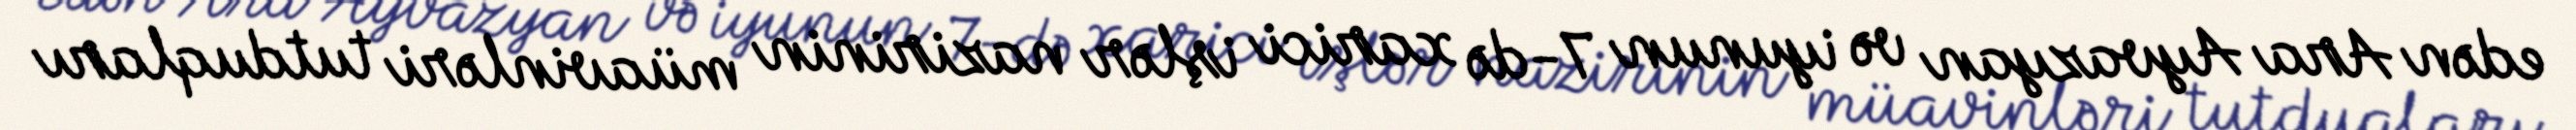
edən Ara Ayvazyan və iyunun 7-də xarici işlər nazirinin müavinləri tutduqları